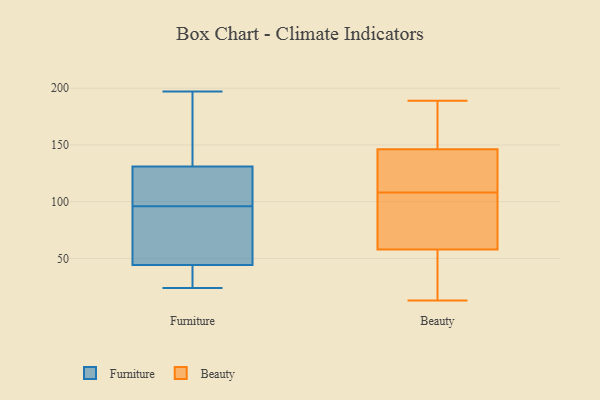
{"axis": {"x": "Backlog", "y": "Value"}, "legend": ["Beauty", "Furniture"], "data": [{"x": "", "y": 164, "type": "Furniture"}, {"x": "", "y": 134, "type": "Furniture"}, {"x": "", "y": 39, "type": "Furniture"}, {"x": "", "y": 24, "type": "Furniture"}, {"x": "", "y": 197, "type": "Furniture"}, {"x": "", "y": 71, "type": "Furniture"}, {"x": "", "y": 111, "type": "Furniture"}, {"x": "", "y": 48, "type": "Furniture"}, {"x": "", "y": 91, "type": "Furniture"}, {"x": "", "y": 158, "type": "Furniture"}, {"x": "", "y": 122, "type": "Furniture"}, {"x": "", "y": 34, "type": "Furniture"}, {"x": "", "y": 102, "type": "Furniture"}, {"x": "", "y": 158, "type": "Furniture"}, {"x": "", "y": 98, "type": "Furniture"}, {"x": "", "y": 96, "type": "Furniture"}, {"x": "", "y": 43, "type": "Furniture"}, {"x": "", "y": 69, "type": "Furniture"}, {"x": "", "y": 32, "type": "Furniture"}, {"x": "", "y": 13, "type": "Beauty"}, {"x": "", "y": 27, "type": "Beauty"}, {"x": "", "y": 156, "type": "Beauty"}, {"x": "", "y": 163, "type": "Beauty"}, {"x": "", "y": 14, "type": "Beauty"}, {"x": "", "y": 109, "type": "Beauty"}, {"x": "", "y": 160, "type": "Beauty"}, {"x": "", "y": 116, "type": "Beauty"}, {"x": "", "y": 108, "type": "Beauty"}, {"x": "", "y": 117, "type": "Beauty"}, {"x": "", "y": 55, "type": "Beauty"}, {"x": "", "y": 76, "type": "Beauty"}, {"x": "", "y": 175, "type": "Beauty"}, {"x": "", "y": 72, "type": "Beauty"}, {"x": "", "y": 116, "type": "Beauty"}, {"x": "", "y": 29, "type": "Beauty"}, {"x": "", "y": 66, "type": "Beauty"}, {"x": "", "y": 189, "type": "Beauty"}, {"x": "", "y": 82, "type": "Beauty"}]}